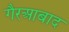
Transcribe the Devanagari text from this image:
गैरआबाद